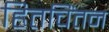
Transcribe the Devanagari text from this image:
हितचिंतन